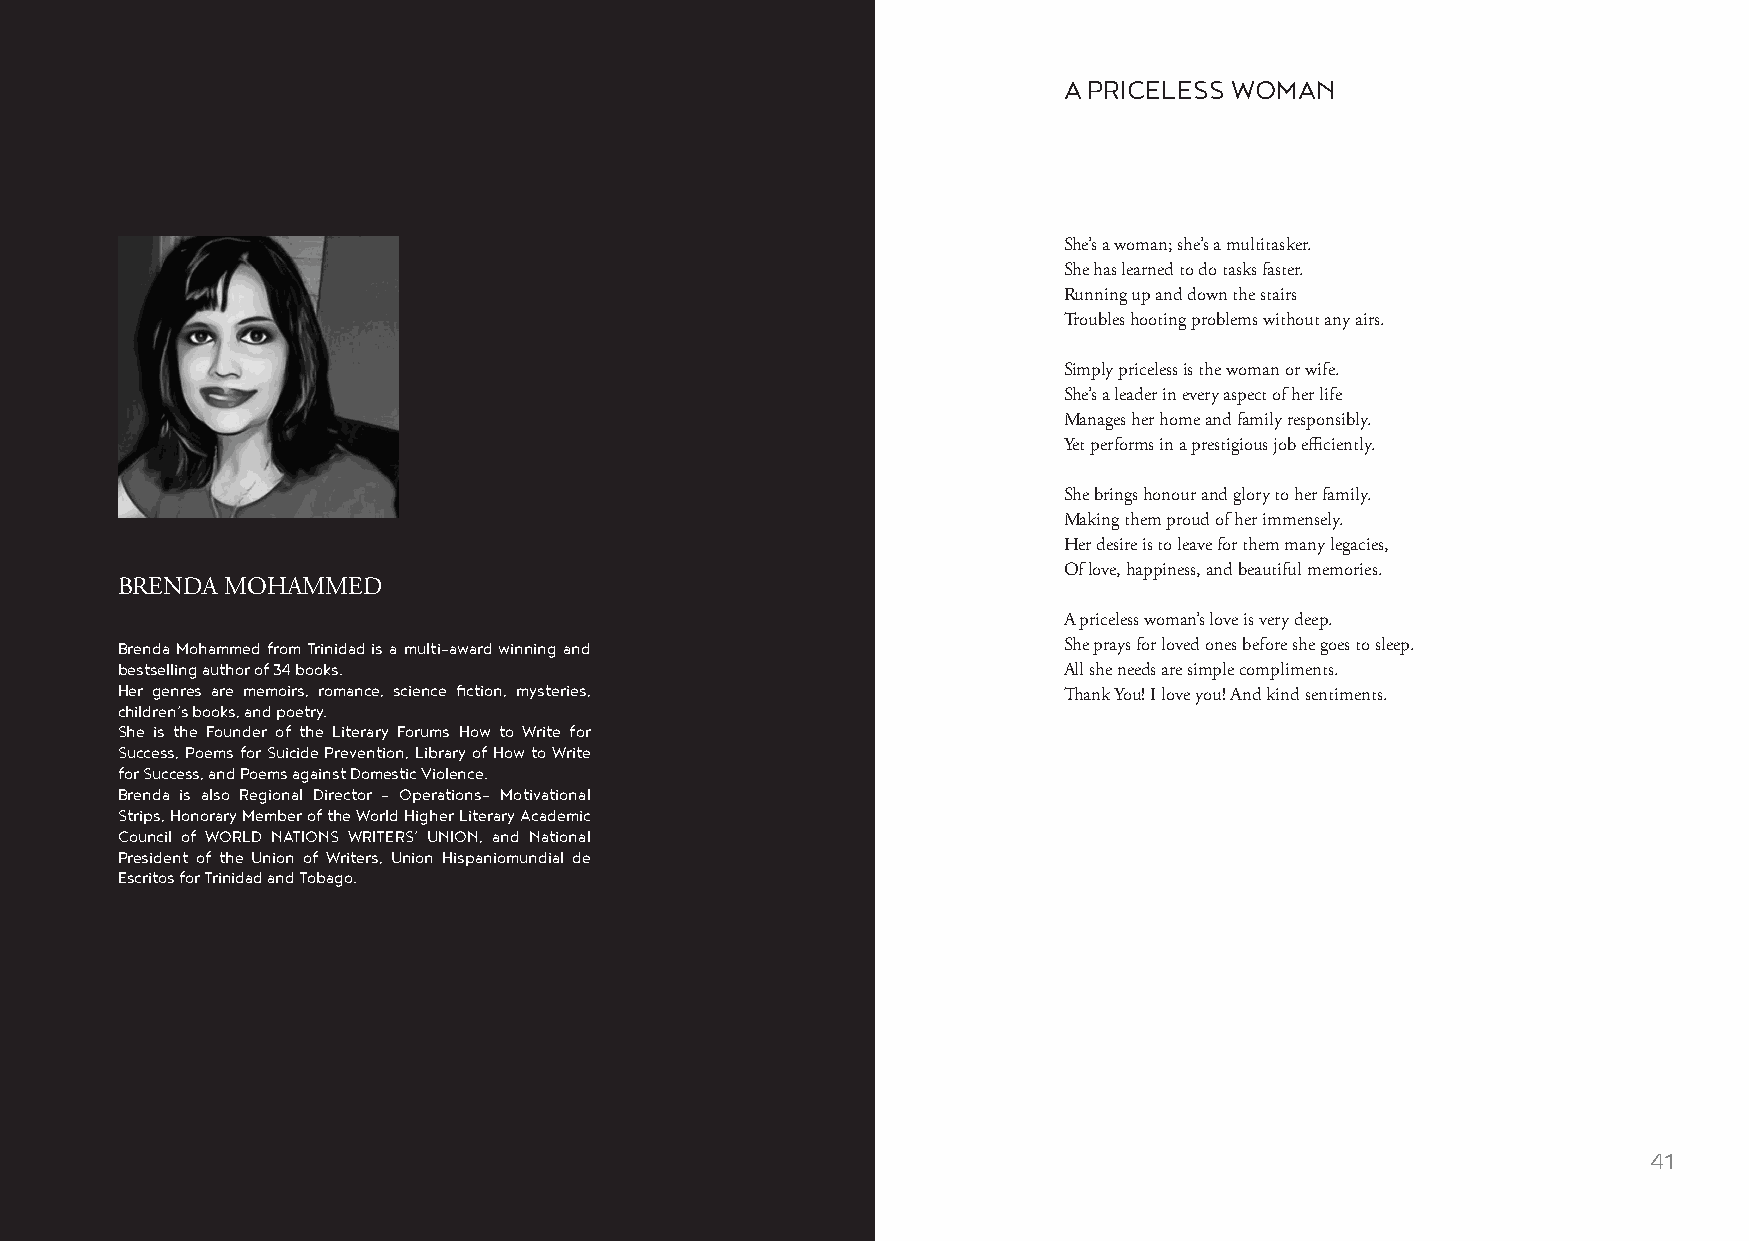
A PRICELESS WOMAN
 She’s a woman; she’s a multitasker.
 She has learned to do tasks faster.
 Running up and down the stairs
 Troubles hooting problems without any airs.
 Simply priceless is the woman or wife.
 She’s a leader in every aspect of her life
 Manages her home and family responsibly.
 Yet performs in a prestigious job efficiently.
 She brings honour and glory to her family.
 Making them proud of her immensely.
 Her desire is to leave for them many legacies,
 Of love, happiness, and beautiful memories.
 BRENDA MOHAMMED
 A priceless woman’s love is very deep.
 Brenda Mohammed from Trinidad is a multi-award winning and    She prays for loved ones before she goes to sleep.
 bestselling author of 34 books.                               All she needs are simple compliments.
 Her genres are memoirs, romance, science fiction, mysteries,
 Thank You! I love you! And kind sentiments.
 children’s books, and poetry.
 She is the Founder of the Literary Forums How to Write for
 Success, Poems for Suicide Prevention, Library of How to Write
 for Success, and Poems against Domestic Violence.
 Brenda is also Regional Director – Operations- Motivational
 Strips, Honorary Member of the World Higher Literary Academic
 Council of WORLD NATIONS WRITERS’ UNION, and National
 President of the Union of Writers, Union Hispaniomundial de
 Escritos for Trinidad and Tobago.
 40                                                                                                      41